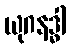
ယုဂနဒ္ဓါ